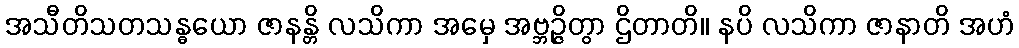
အသီတိသတသန္ဓယော ဇာနန္တိ လသိကာ အမှေ အဗ္ဘဉ္ဇိတွာ ဌိတာတိ။ နပိ လသိကာ ဇာနာတိ အဟံ